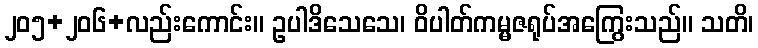
၂၀၅+၂၀၆+လည်းကောင်း။ ဥပါဒိသေသေ၊ ဝိပါတ်ကမ္မဇရုပ်အကြွေးသည်။ သတိ၊